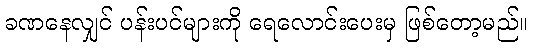
ခဏနေလျှင် ပန်းပင်များကို ရေလောင်းပေးမှ ဖြစ်တော့မည်။